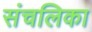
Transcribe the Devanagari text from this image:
संचलिका